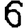
Digit: 6